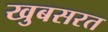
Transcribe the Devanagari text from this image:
खुबसरत